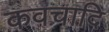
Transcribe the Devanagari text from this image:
कवचादि